38_143685_box_Incident_Summaries_101-172
Agency: Department of War
Page 24
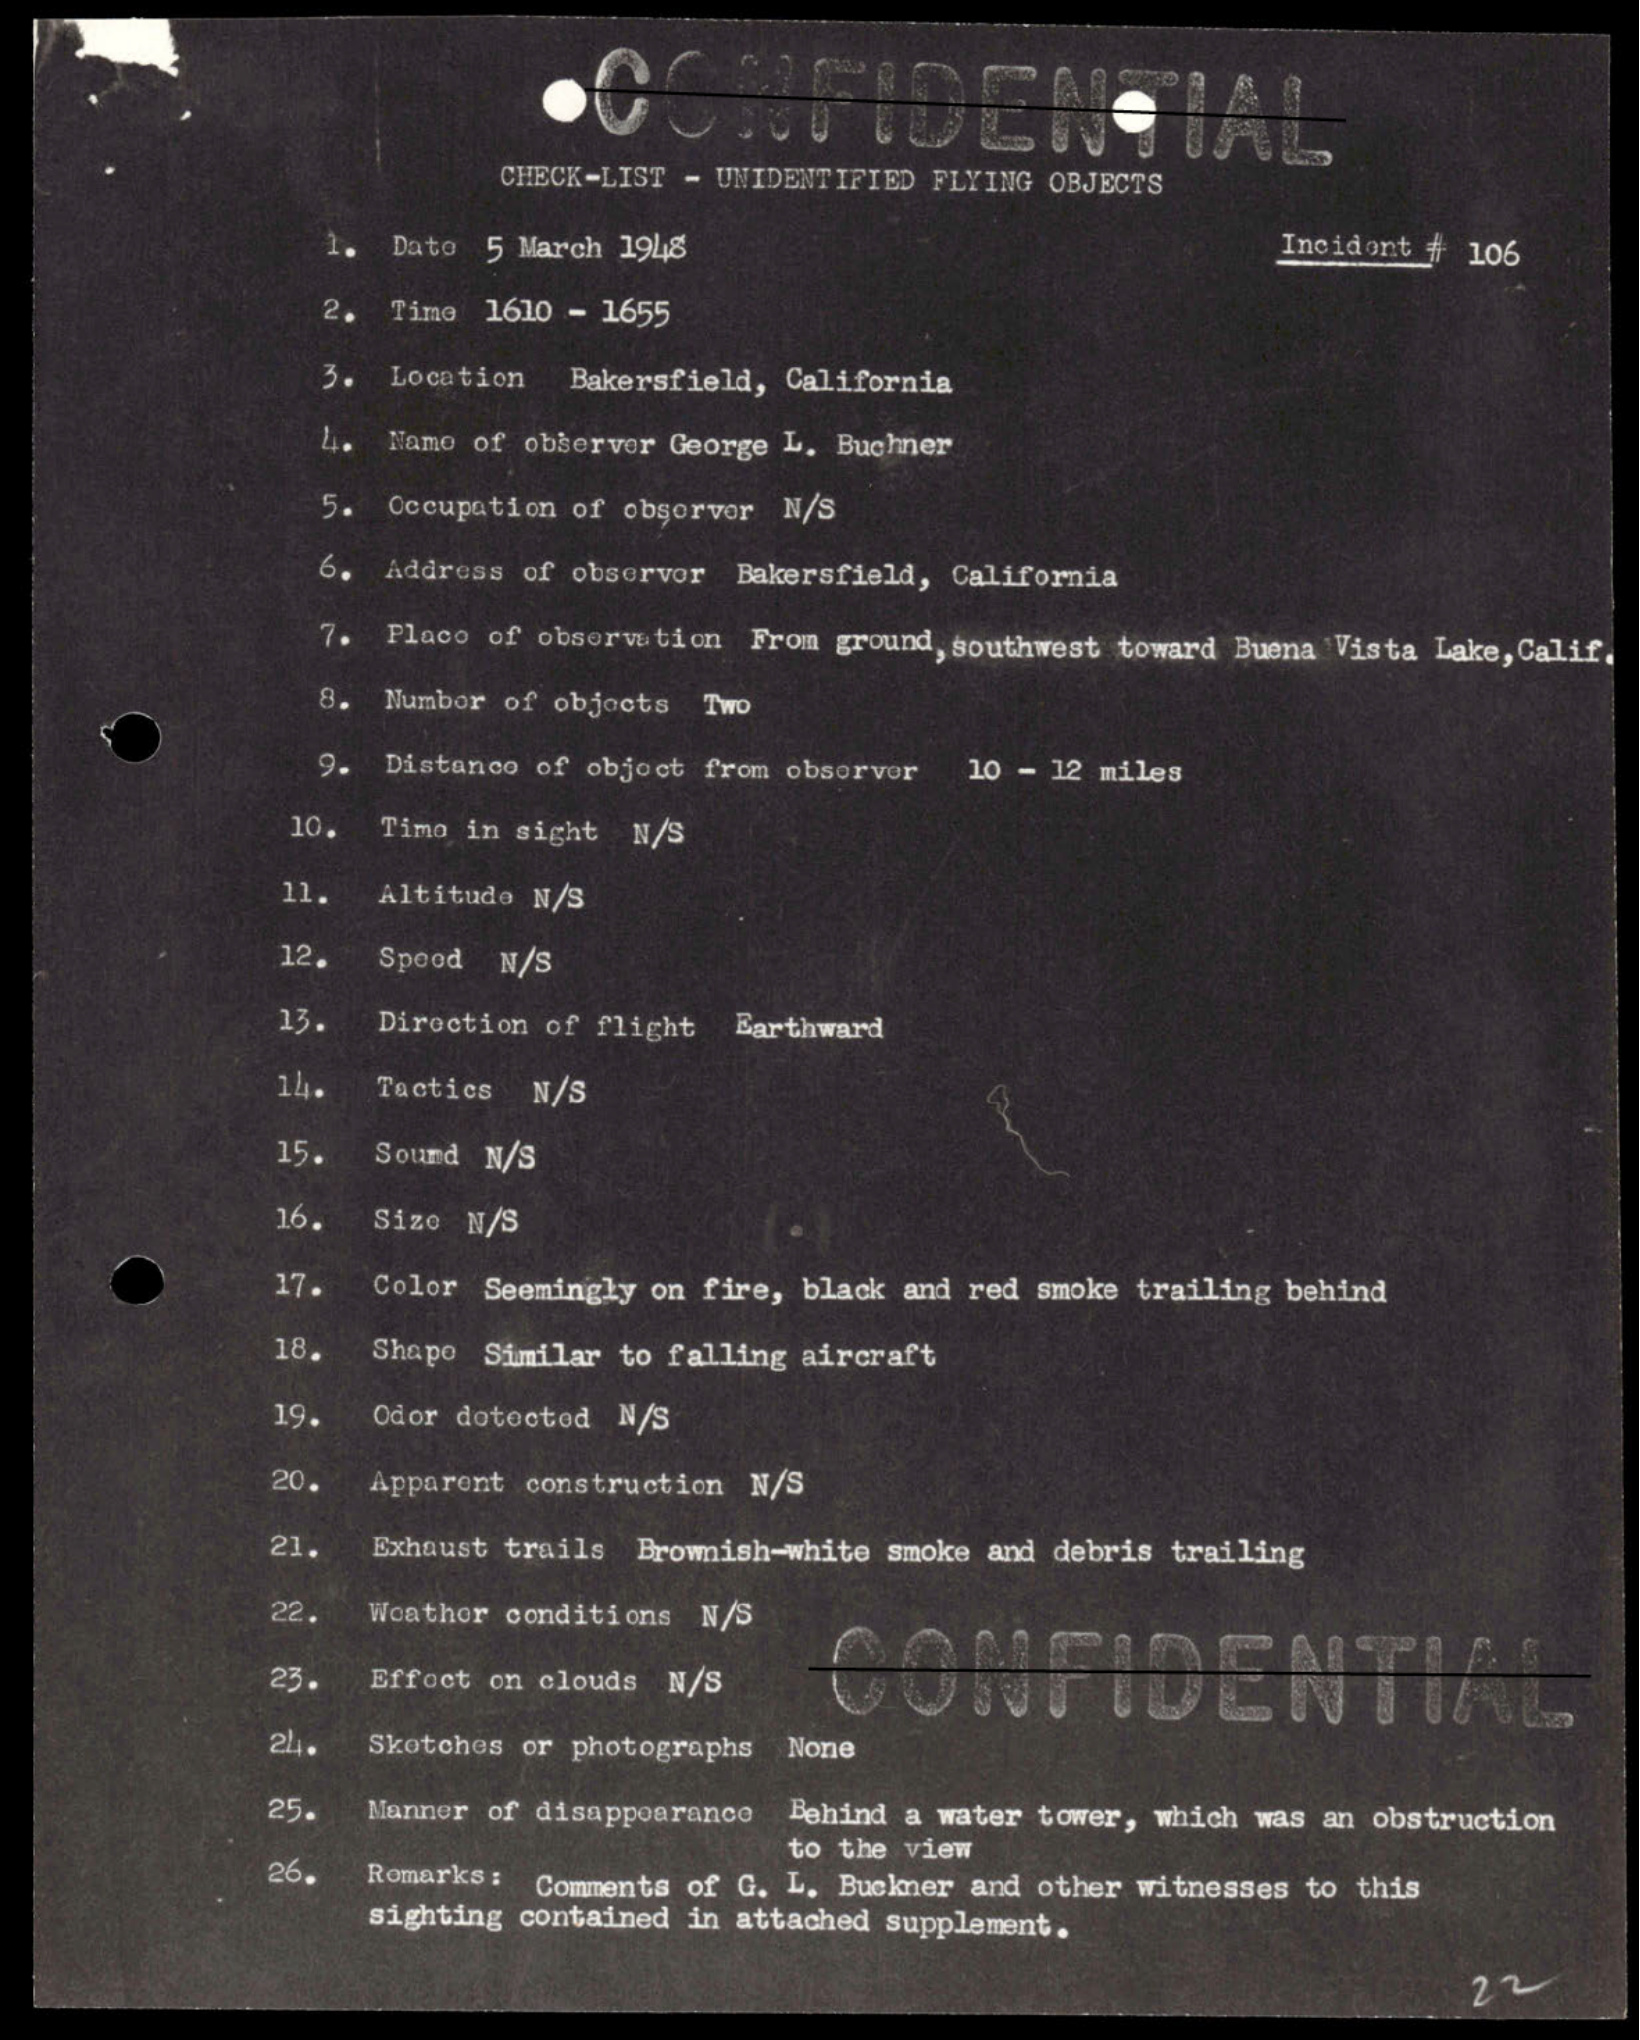